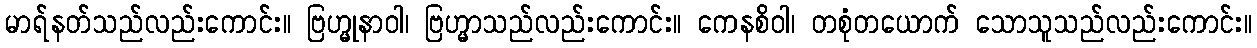
မာရ်နတ်သည်လည်းကောင်း။ ဗြဟ္မုနာဝါ၊ ဗြဟ္မာသည်လည်းကောင်း။ ကေနစိဝါ၊ တစုံတယောက် သောသူသည်လည်းကောင်း။